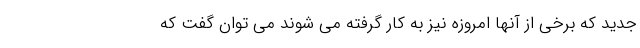
جدید که برخی از آنها امروزه نیز به کار گرفته می شوند می توان گفت که